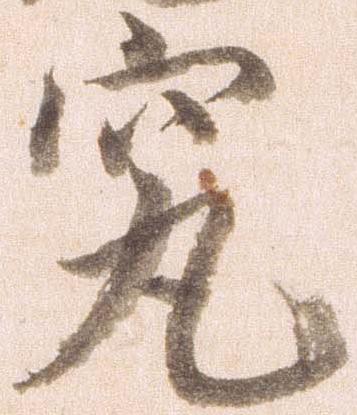
究